Annual report of the Prince of Wales Medical College, Patna
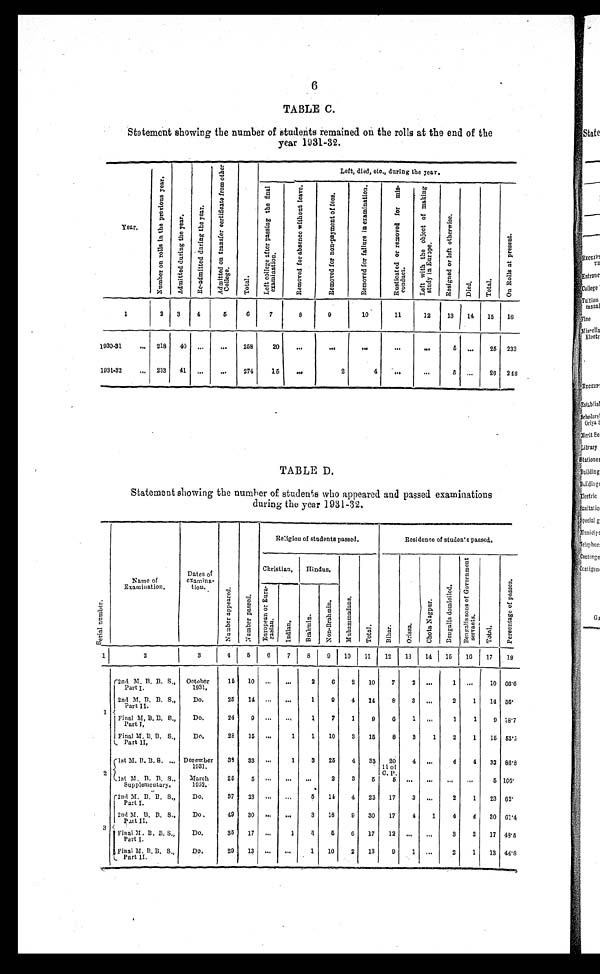
6
TABLE C.
Statement showing the number of students remained on the rolls at the end of the
year 1931–32.
Year.
N u m b e r o n r o l l s i n t h e p r e v i o u s y e a r .
A d m i t t e d d u r i n g t h e y e a r .
R e - a d m i t t e d d u r i n g t h e y e a r .
A d m i t t e d o n t r a n s f e r c e r t i f i c a t e f r o m o t h e r C o l l e g e .
T o t a l .
Left, died, etc., during the year.
L e f t c o l l e g e a f t e r p a s s i n g t h e f i n a l e x a m i n a t i o n .
R e m o v e d f o r a b s e n c e w i t h o u t l e a v e .
R e m o v e d f o r n o n - p a y m e n t o f f e e s .
R e m o v e d f o r f a i l u r e i n e x a m i n a t i o n .
R u s t i c a t e d o r r e m o v e d f o r m i s - c o n d u c t .
L e f t w i t h t h e o b j e c t o f m a k i n g s t u d y i n E u r o p e .
R e s i g n e d o r l e f t o t h e r w i s e .
D i e d .
T o t a l .
O n R o l l s a t p r e s e n t .
1
2
3
4
5
6
7
8
9
10
11
12
13
14
15
16
1930–31
... 218
40 ...
...
258
20
. . .
...
. . .
. . .
. . .
5 ...
25 233
1931–32
... 233
41 ...
...
274
15
...
2
4
...
...
5 ...
26 2 48
TABLE D.
Statement showing the number of students who appeared and passed examinations
during the year 1931–32.
S e r i a l n u m b e r .
Name of
Examination.
Dates of
examina-
tion.
N u m b e r a p p e a r d .
N u m b e r p a s s e d .
Religion of students passed.
Residence of students passed.
Christian,
Hindus.
M u h a m m a d a n s .
T o t a l .
Bih a r .
O r i s s a .
C h o t a N a g p u r .
B e n g a l i s d o m i c i l e d .
B e n g a l i s s o n s o f G o v e r n m e n t s e r v a n t s .
T o t a l .
P e r e e n t a g e o f p a s s e s .
E u r o p e a n o r E u r a - r a s i a n .
I n d i a n .
B r a h m i n .
N o n - B r a h m i n .
1
2
3
4
5
6
7
8
9
10
11
12
13
14
1 5
16 17
18
1
2nd M. B. B. S.,
Part I.
October 1 9 3 1 .
15
10 ...
. . .
2
6
2
10
7
2 ...
1 ...
10 66.6
2nd M. B. B. S.,
Part II.
Do.
25
14 ...
. . .
1
9
4
14
8
3 ...
2
1
14 56.
F i n a l M . B . B . S . ,
P a r t I ,
Do.
24
9
...
. . .
1
7
1
9
6
1 ...
1
1
9 18.7
Final M. B. B. S.,
Part II,
Do.
28
15 ...
1
1
10
3
15
8
3
1
2
1
15 53.5
2
1st M. B. B, S. ... December 1 9 3 1 . 38
33 ...
1
3
25
4
33
20
11 of
C. P.
4 ...
4
4
33 86.8
1st M. B. B. S.,
Supplementary.
M a r c h
1932.
25
5 ...
...
...
2
3 5
. . .
. . .
. . .
. . .
5 100.
5
3
2nd M. B. B. S.,
Part I.
Do.
37
23 ...
. . .
5 14
4
23
17
3 ...
2
1
23 62.
2nd M. B. B. S.,
Part II.
Do.
4 2
30 ...
...
3
18
9
30
17
4
1
4
4
30 6 1 . 4
F i n a l M . B . B . S . ,
P a r t I .
Do.
35
17 ...
1
5
5
6
17
12
. . .
. . .
3
2
17 48.5
Final M. B. B. S.,
Part II.
Do.
29 13 ...
...
1
10
2
13
9
1 ...
2
1
13 44.8